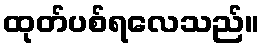
ထုတ်ပစ်ရလေသည်။